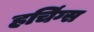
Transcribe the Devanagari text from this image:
हचिंग्स